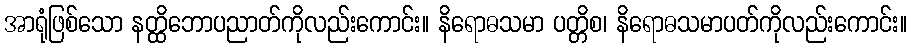
အာရုံဖြစ်သော နတ္ထိဘောပညာတ်ကိုလည်းကောင်း။ နိရောဓသမာ ပတ္တိစ၊ နိရောဓသမာပတ်ကိုလည်းကောင်း။